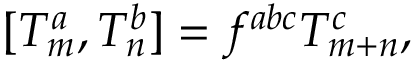
[ T _ { m } ^ { a } , T _ { n } ^ { b } ] = f ^ { a b c } T _ { m + n } ^ { c } ,